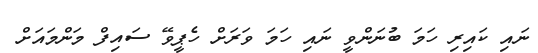
ނައި ކައިރި ހަމަ ބުނަންވީ ނަައި ހަމަ ވަރަށް ހެޕީވޭ ސައިފް މަންމައަށް